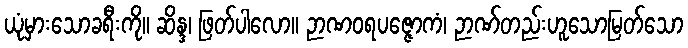
ယုံမှားသောခရီးကို။ ဆိန္ဒ၊ ဖြတ်ပါလော။ ဉာဏဝရပဇ္ဇောကံ၊ ဉာဏ်တည်းဟူသောမြတ်သော